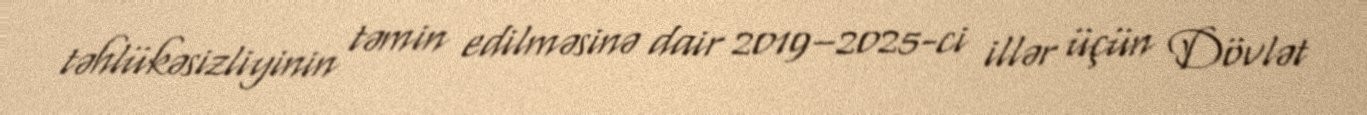
təhlükəsizliyinin təmin edilməsinə dair 2019–2025-ci illər üçün Dövlət